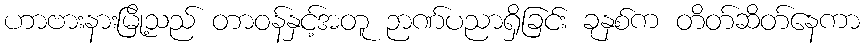
ဟာဗားနားမြို့သည် တာဝန်နှင့်အတူ ဉာဏ်ပညာရှိခြင်း ခုနှစ်က တိတ်ဆိတ်နေကာ